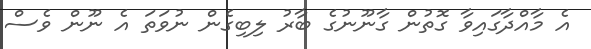
އެ މާއްދާގައިވާ ގޮތުން ގާނޫނުގެ ބާރު ލިބިގެން ނުވަތަ އެ ނޫން ވެސް